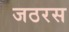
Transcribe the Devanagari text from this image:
जठरस